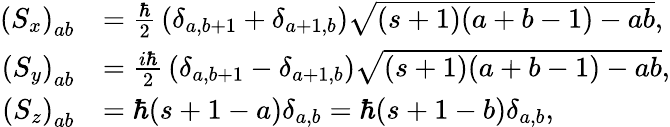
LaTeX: {\begin{array}{rl}{\left(S_{x}\right)_{ab}}&{={\frac{\hbar}{2}}\left(\delta_{a,b+1}+\delta_{a+1,b}\right){\sqrt{(s+1)(a+b-1)-ab}},}\\ {\left(S_{y}\right)_{ab}}&{={\frac{i\hbar}{2}}\left(\delta_{a,b+1}-\delta_{a+1,b}\right){\sqrt{(s+1)(a+b-1)-ab}},}\\ {\left(S_{z}\right)_{ab}}&{=\hbar(s+1-a)\delta_{a,b}=\hbar(s+1-b)\delta_{a,b},}\end{array}}